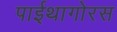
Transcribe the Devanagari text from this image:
पाईथागोरस